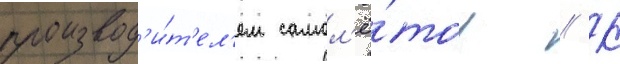
производ'и́т'ел'ем самол'ё́тов // К